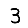
Digit: 3